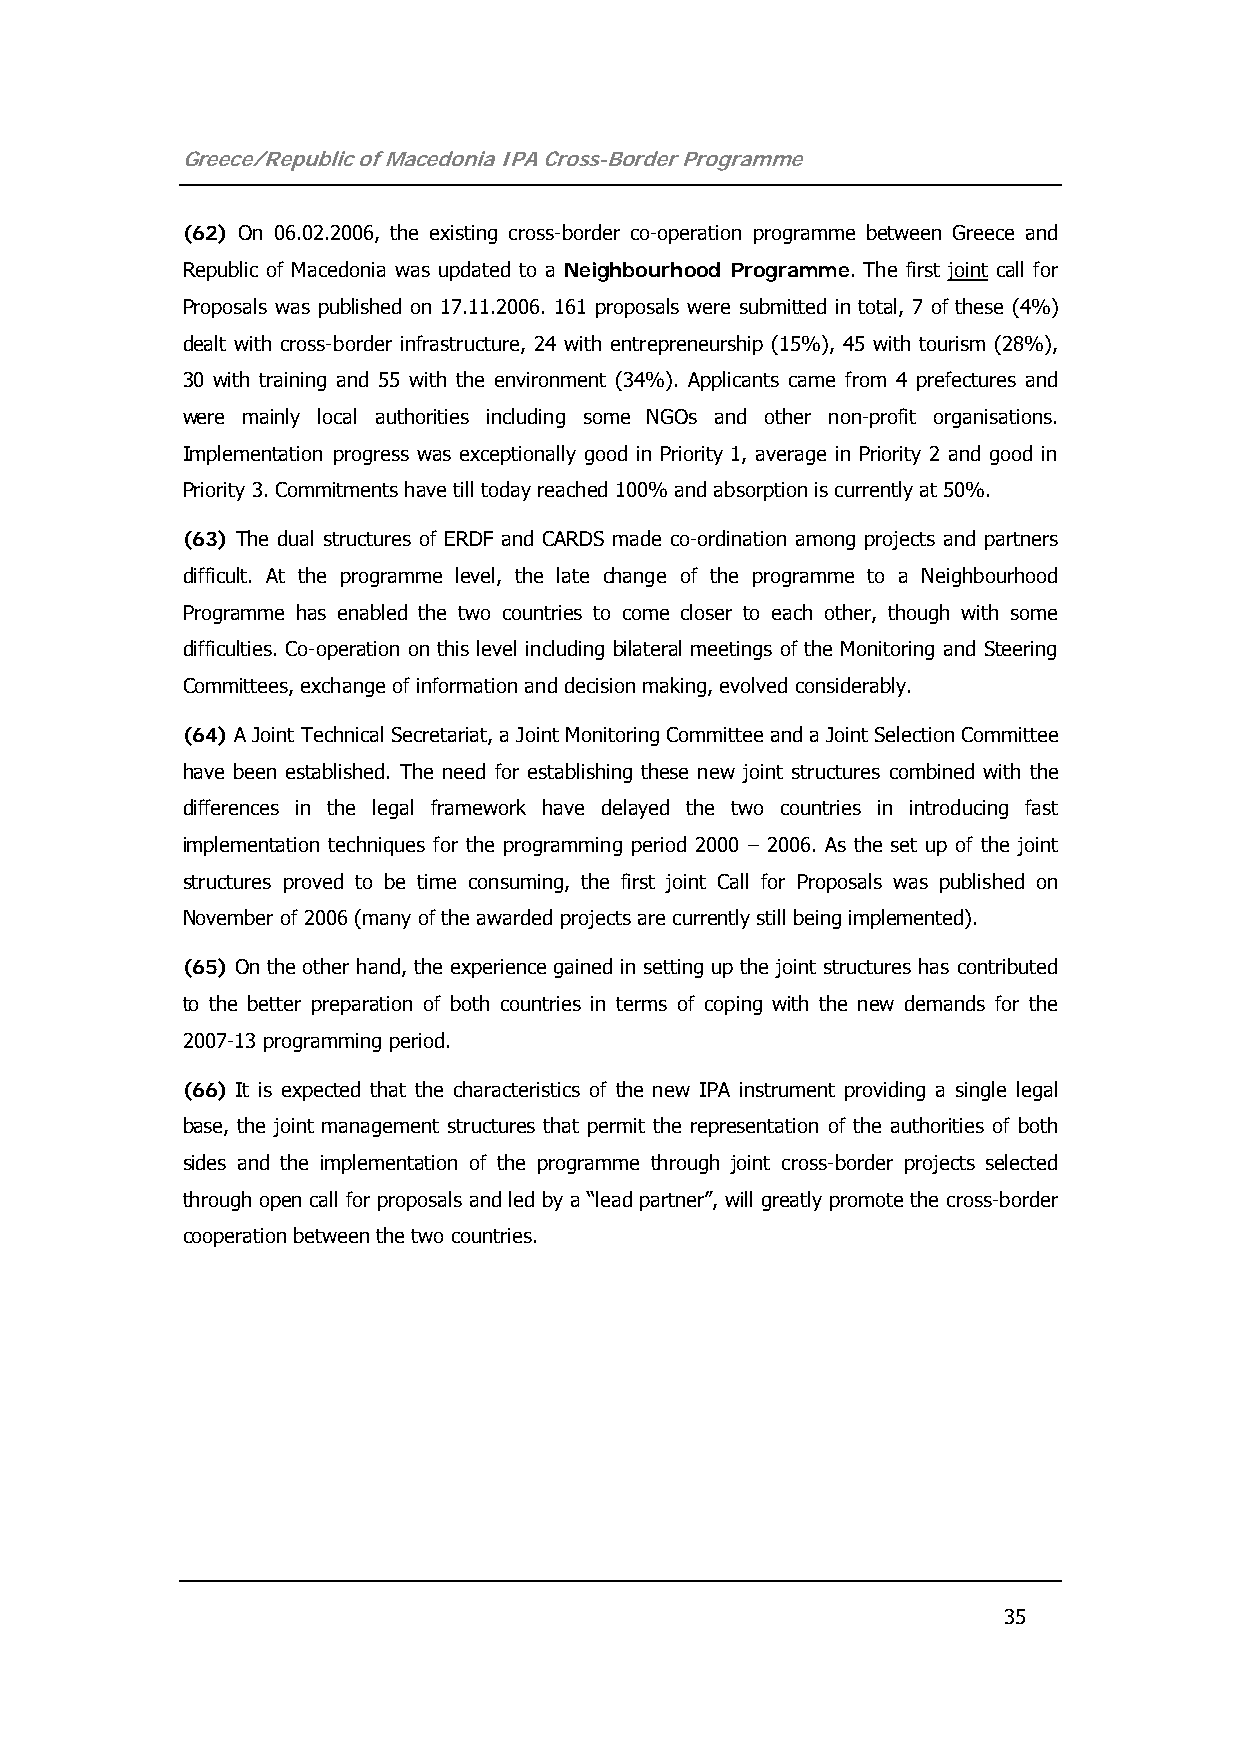
Greece/Republic of Macedonia IPA Cross-Border Programme
 (62) On 06.02.2006, the existing cross-border co-operation programme between Greece and
 Republic of Macedonia was updated to a Neighbourhood Programme. The first joint call for
 Proposals was published on 17.11.2006. 161 proposals were submitted in total, 7 of these (4%)
 dealt with cross-border infrastructure, 24 with entrepreneurship (15%), 45 with tourism (28%),
 30 with training and 55 with the environment (34%). Applicants came from 4 prefectures and
 were mainly local authorities including some NGOs and other non-profit organisations.
 Implementation progress was exceptionally good in Priority 1, average in Priority 2 and good in
 Priority 3. Commitments have till today reached 100% and absorption is currently at 50%.
 (63) The dual structures of ERDF and CARDS made co-ordination among projects and partners
 difficult. At the programme level, the late change of the programme to a Neighbourhood
 Programme has enabled the two countries to come closer to each other, though with some
 difficulties. Co-operation on this level including bilateral meetings of the Monitoring and Steering
 Committees, exchange of information and decision making, evolved considerably.
 (64) A Joint Technical Secretariat, a Joint Monitoring Committee and a Joint Selection Committee
 have been established. The need for establishing these new joint structures combined with the
 differences in the legal framework have delayed the two countries in introducing fast
 implementation techniques for the programming period 2000 – 2006. As the set up of the joint
 structures proved to be time consuming, the first joint Call for Proposals was published on
 November of 2006 (many of the awarded projects are currently still being implemented).
 (65) On the other hand, the experience gained in setting up the joint structures has contributed
 to the better preparation of both countries in terms of coping with the new demands for the
 2007-13 programming period.
 (66) It is expected that the characteristics of the new IPA instrument providing a single legal
 base, the joint management structures that permit the representation of the authorities of both
 sides and the implementation of the programme through joint cross-border projects selected
 through open call for proposals and led by a “lead partner”, will greatly promote the cross-border
 cooperation between the two countries.
 35